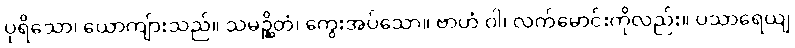
ပုရိသော၊ ယောကျ်ားသည်။ သမဉ္ဆိတံ၊ ကွေးအပ်သော။ ဗာဟံ ဝါ၊ လက်မောင်းကိုလည်း။ ပသာရေယျ